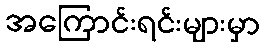
အကြောင်းရင်းများမှာ